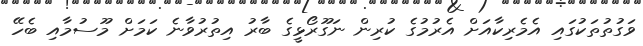
ވަގުތުތަކުގައި އެމެރިކާއަށް އެރުމުގެ ކުރިން ނަގޫރޯޅީގެ ބާރު އިތުރުވާނެ ކަމަށް މޫސުމާއި ބެހޭ